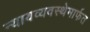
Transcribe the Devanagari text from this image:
न्यायव्यवस्थेमार्फत